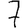
Digit: 7